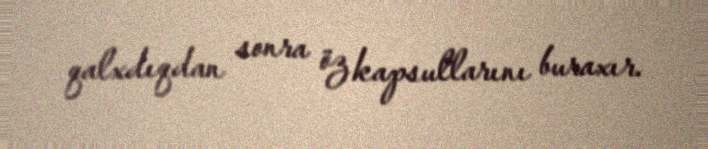
qalxdıqdan sonra öz kapsullarını buraxır.